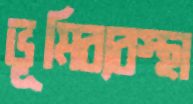
ভূমিব্যবস্থা